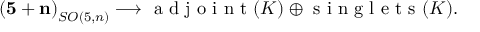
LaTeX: \mathbf { ( 5 + n ) } _ { S O ( 5 , n ) } \longrightarrow \textrm { a d j o i n t } ( K ) \oplus \textrm { s i n g l e t s } ( K ) .